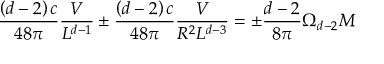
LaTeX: \frac { \left( d - 2 \right) c } { 4 8 \pi } \frac { V } { L ^ { d - 1 } } \pm \frac { \left( d - 2 \right) c } { 4 8 \pi } \frac { V } { R ^ { 2 } L ^ { d - 3 } } = \pm \frac { d - 2 } { 8 \pi } \Omega _ { d - 2 } M